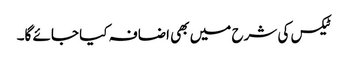
ٹیکس کی شرح میں بھی اضافہ کیا جائے گا۔